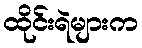
ထိုင်းရဲများက